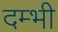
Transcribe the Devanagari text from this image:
दम्भी